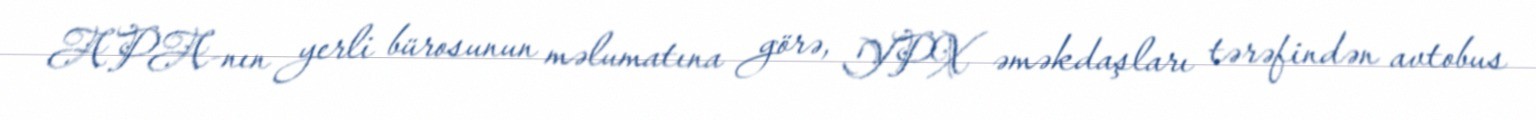
APA-nın yerli bürosunun məlumatına görə, YPX əməkdaşları tərəfindən avtobus